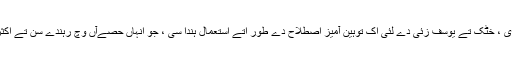
اس دے مغل استعمال وچ ، ایہ اکثر پشتون قبیلے ، جداں آفریدی ، خٹک تے یوسف زئی دے لئی اک توہین آمیز اصطلاح دے طور اُتے استعمال ہُندا سی ، جو انہاں حصےآں وچ رہندے سن تے اکثر مغل کارواں تے تجارتی رستےآں دا راستہ اختیار کردا سی۔